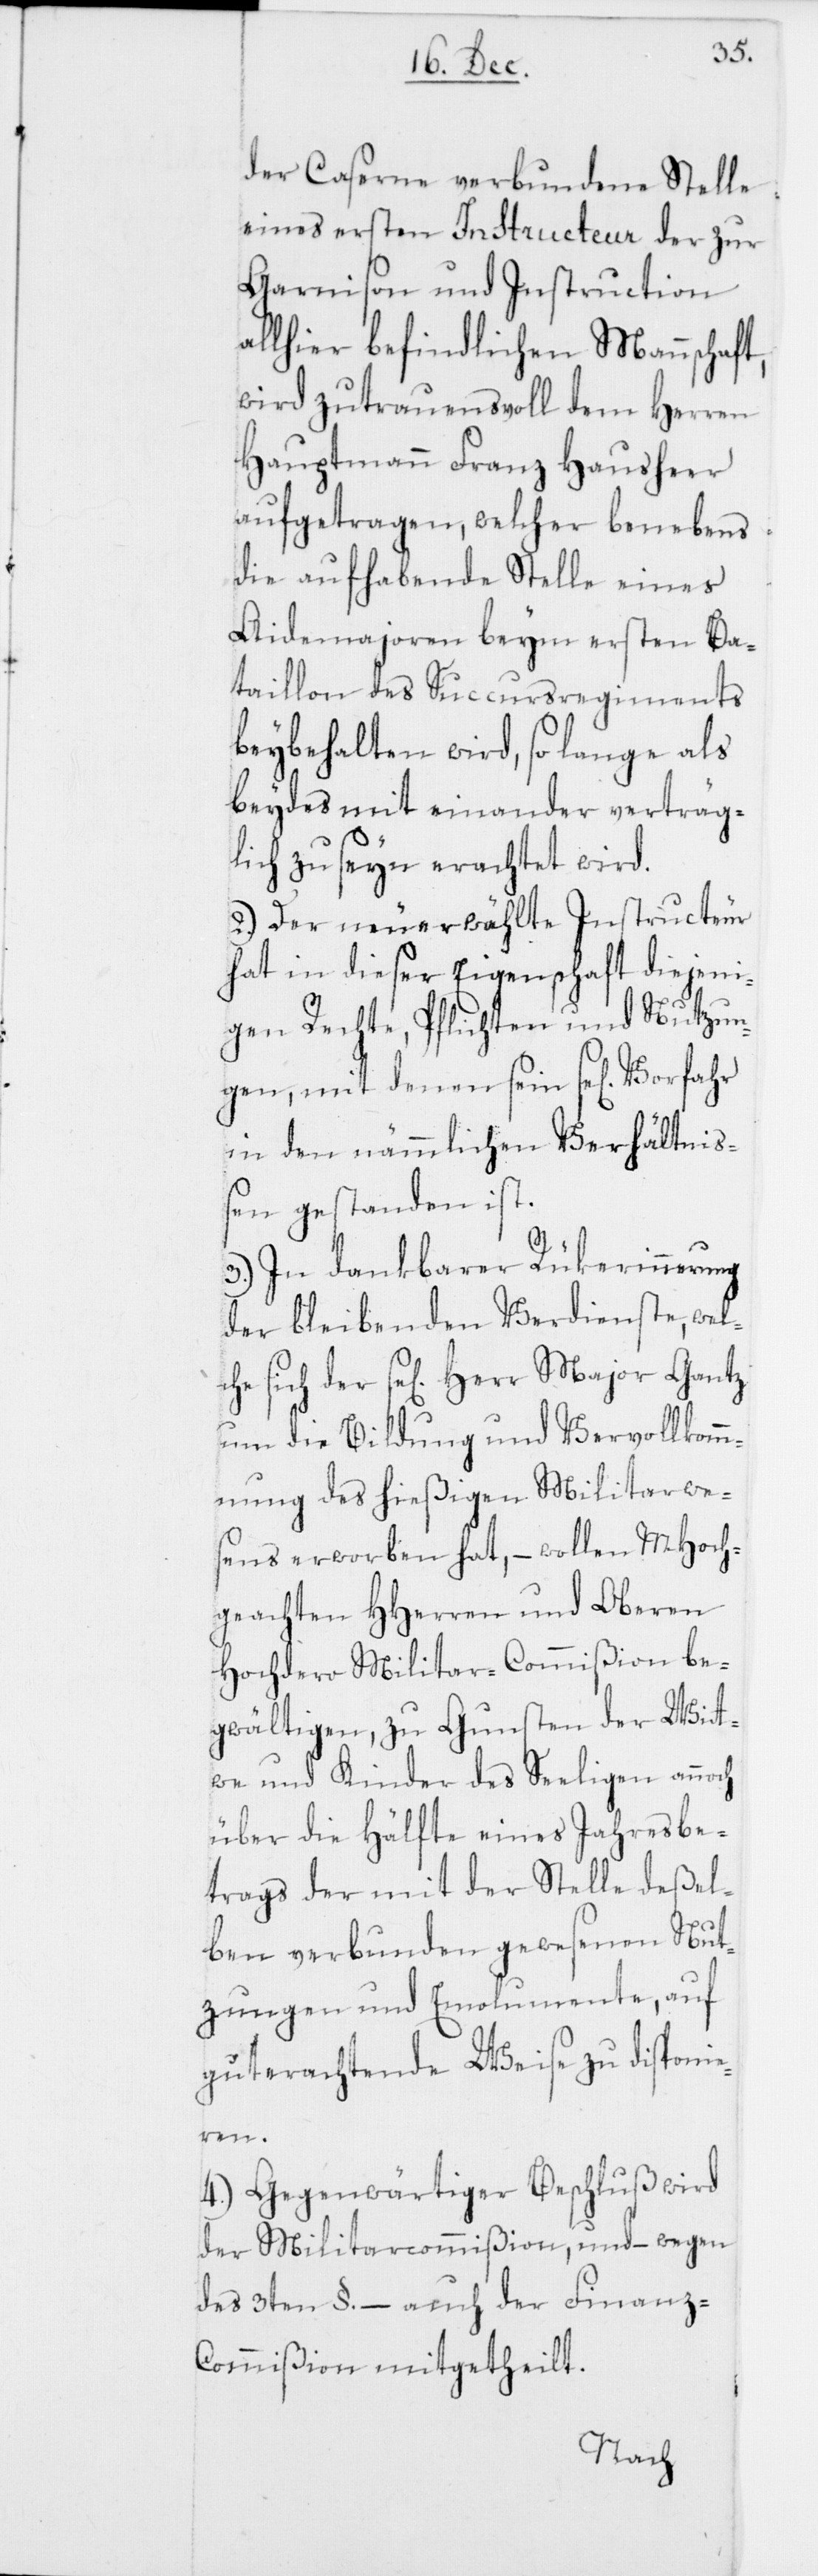
der Caserne verbundene Stelle
eines ersten Instructeur der zur
Garnison und Instruction
allhier befindlichen Mannschaft,
wird zutrauensvoll dem Herren
Hauptmann Franz Hausheer
aufgetragen, welcher benebens
die aufhabende Stelle eines
Aidemajoren beym ersten Ba¬
taillon des Succursregiments
beybehalten wird, so lange als
beydes miteinander verträg¬
lich zu seyn erachtet wird.
2. Der neu erwählte Instructeur
hat in dieser Eigenschaft diejeni¬
gen Rechte, Pflichten und Nutzun¬
gen, mit denen seyn se[liger] Vorfahr
in den nämmlichen Verhältniß¬
en gestanden ist.
3. In dankbarer Rükerinnerung
der bleibenden Verdienste, wel¬
che sich der se[lige] Herr Major Gantz
um die Bildung und Vervollkomm¬
nung des hießigen Militarwe¬
sens erworben hat, – wollen MHoch¬
geachten HHerren und Oberen
Hochdero Militar-Commißion be¬
gwältigen, zu Gunsten der Wit¬
twe und Kinder des Seeligen annoch
über die Hälfte eines Jahresbe¬
trags der mit der Stelle deßel¬
ben verbunden gewesenen Nut¬
zungen und Emolumente, auf
gut erachtende Weise zu disponie¬
ren.
4. Gegenwärtiger Beschluß wird
der Militarcommißion, und – wegen
des 3ten §. – auch der Finanz-C¬
ommißion mitgetheilt.